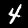
Label: 4